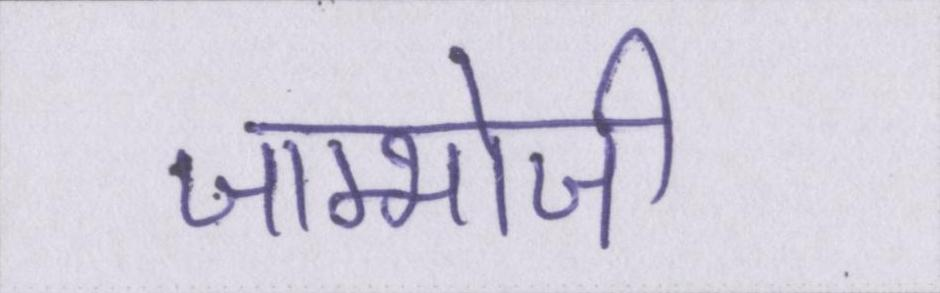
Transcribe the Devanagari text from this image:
जाम्भोजी